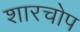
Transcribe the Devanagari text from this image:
शारचोप